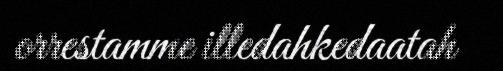
orrestamme illedahkedaatah